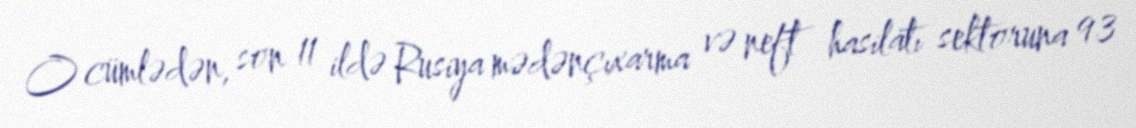
O cümlədən, son 11 ildə Rusiya mədənçıxarma və neft hasilatı sektoruna 93